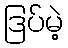
ဒြပ်မဲ့